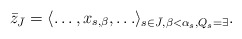
\begin{align*}\bar z_{\bar J} = \langle \ldots,x_{s,\beta},\ldots \rangle_{s \in \bar J,\beta < \alpha_s,Q_s = \exists}.\end{align*}